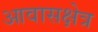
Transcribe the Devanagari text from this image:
आवासक्षेत्र